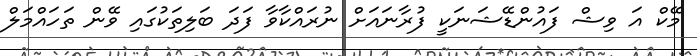
މޭކް އަ ވިޝް ފައުންޑޭޝަނަކީ ފުރާނައަށް ނުރައްކާވާ ފަދަ ބަލިތަކުގައި ވޭން ތަހައްމަލް